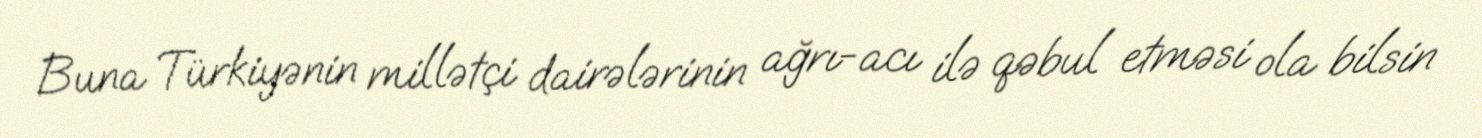
Buna Türkiyənin millətçi dairələrinin ağrı-acı ilə qəbul etməsi ola bilsin